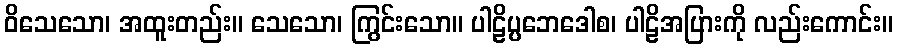
ဝိသေသော၊ အထူးတည်း။ သေသော၊ ကြွင်းသော။ ပါဠိပ္ပဘေဒေါစ၊ ပါဠိအပြားကို လည်းကောင်း။